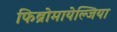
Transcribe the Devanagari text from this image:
फिब्रोमायेल्जिया